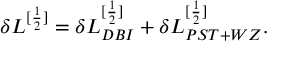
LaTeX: \delta { \cal L } ^ { [ \frac { 1 } { 2 } ] } = \delta { \cal L } _ { D B I } ^ { [ \frac { 1 } { 2 } ] } + \delta { \cal L } _ { P S T + W Z } ^ { [ \frac { 1 } { 2 } ] } .